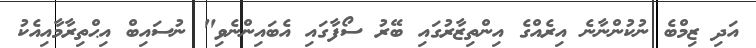
އަދި ޒިމްބެ ނުކުންނާނެ އިރެއްގެ އިންތިޒާރުގައި ބޭރު ސޯފާގައި އެބައިންނެވި" ނުސައިބް އިޙްތިރާމާއިއެކު